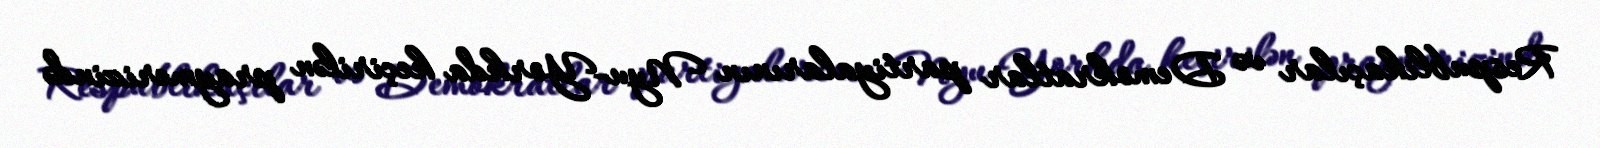
Respublikaçılar və Demokratlar partiyalarının Nyu-Yorkda keçirilən praymerizində